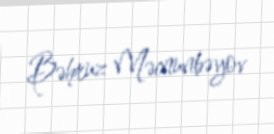
Bəhruz Məcnunbəyov